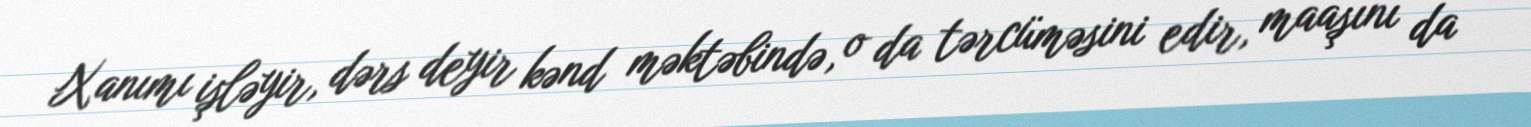
Xanımı işləyir, dərs deyir kənd məktəbində, o da tərcüməsini edir, maaşını da